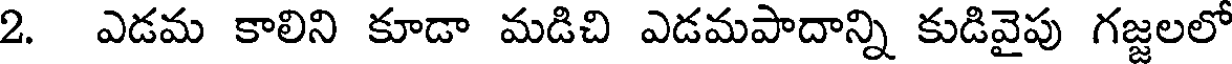
2. ఎడమ కాలిని కూడా మడిచి ఎడమపాదాన్ని కుడివైపు గజ్జలలో